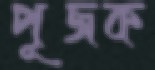
পূজক